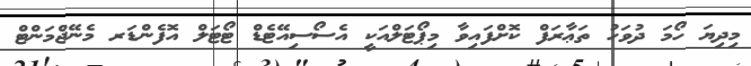
މިދިޔަ ހޯމަ ދުވަހު ތަޢާރަފް ކޮށްފައިވާ މިޕޯޓަލްއަކީ އެސޯސިއޭޓެޑް ޓޯޓަލް އޮފެންޑަރ މެނޭޖްމަންޓް